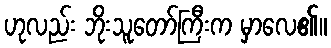
ဟုလည်း ဘိုးသူတော်ကြီးက မှာလေ၏။